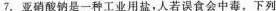
7. 亚硝酸钠是一种工业用盐，人若误食会中毒。下列